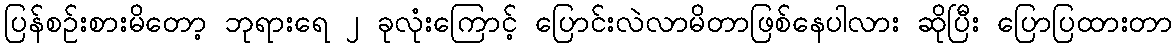
ပြန်စဉ်းစားမိတော့ ဘုရားရေ ၂ ခုလုံးကြောင့် ပြောင်းလဲလာမိတာဖြစ်နေပါလား ဆိုပြီး ပြောပြထားတာ